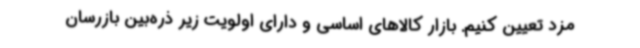
مزد تعیین کنیم. بازار کالاهای اساسی و دارای اولویت زیر ذره‌بین بازرسان